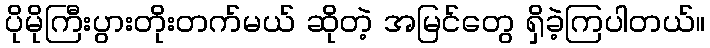
ပိုမိုကြီးပွားတိုးတက်မယ် ဆိုတဲ့ အမြင်တွေ ရှိခဲ့ကြပါတယ်။